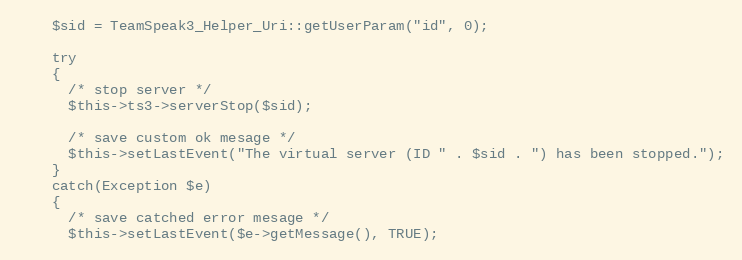
Language: PHP
    $sid = TeamSpeak3_Helper_Uri::getUserParam("id", 0);

    try
    {
      /* stop server */
      $this->ts3->serverStop($sid);

      /* save custom ok mesage */
      $this->setLastEvent("The virtual server (ID " . $sid . ") has been stopped.");
    }
    catch(Exception $e)
    {
      /* save catched error mesage */
      $this->setLastEvent($e->getMessage(), TRUE);